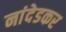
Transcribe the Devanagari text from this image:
नांदेडकर